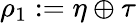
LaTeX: \rho_{1}:=\eta\oplus\tau